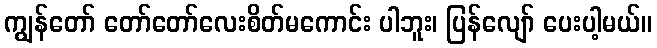
ကျွန်တော် တော်တော်လေးစိတ်မကောင်း ပါဘူး၊ ပြန်လျော် ပေးပါ့မယ်။